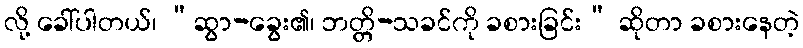
လို့ ခေါ်ပါတယ်၊ “ဆွာ-ခွေး၏၊ ဘတ္တိ-သခင်ကို ခစားခြင်း” ဆိုတာ ခစားနေတဲ့